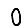
Digit: 0